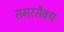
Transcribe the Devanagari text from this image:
समरसैक्य